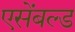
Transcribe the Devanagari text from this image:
एसेंबल्ड